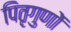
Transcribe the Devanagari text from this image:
पितृगुणों